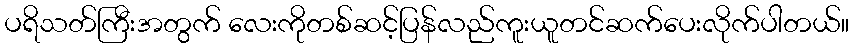
ပရိသတ်ကြီးအတွက် လေးကိုတစ်ဆင့်ပြန်လည်ကူးယူတင်ဆက်ပေးလိုက်ပါတယ်။